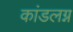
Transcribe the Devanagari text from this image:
कांडलग्न